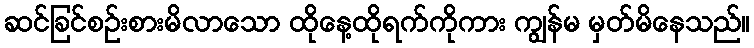
ဆင်ခြင်စဉ်းစားမိလာသော ထိုနေ့ထိုရက်ကိုကား ကျွန်မ မှတ်မိနေသည်။